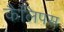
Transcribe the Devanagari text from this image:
कैलिपस